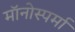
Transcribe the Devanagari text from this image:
मॉनोस्पर्मा